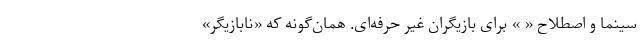
سینما و اصطلاح « » برای بازیگران غیر حرفه‌ای. همان‌گونه که «نابازیگر»